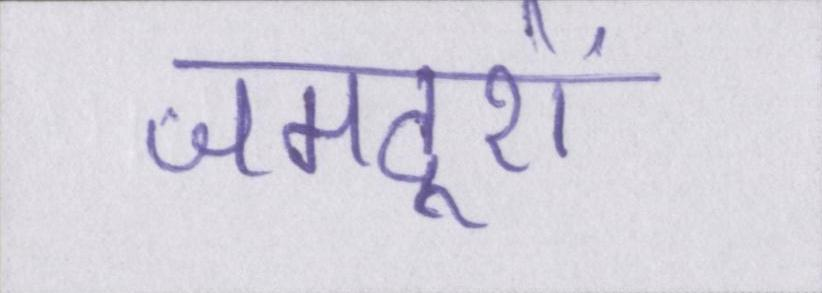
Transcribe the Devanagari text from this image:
जमदूरों